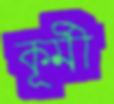
কূর্মী